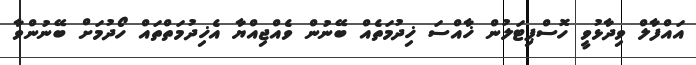
އައްފާލް ވިދާޅުވީ ހޮސްޕިޓަލުން ޚާއްސަ ޚިދުމަތެއް ބޭނުން ވެއްޖިއްޔާ އެޚިދުމަތްތައް ހޯދުމަށް ބޭނުންވާ